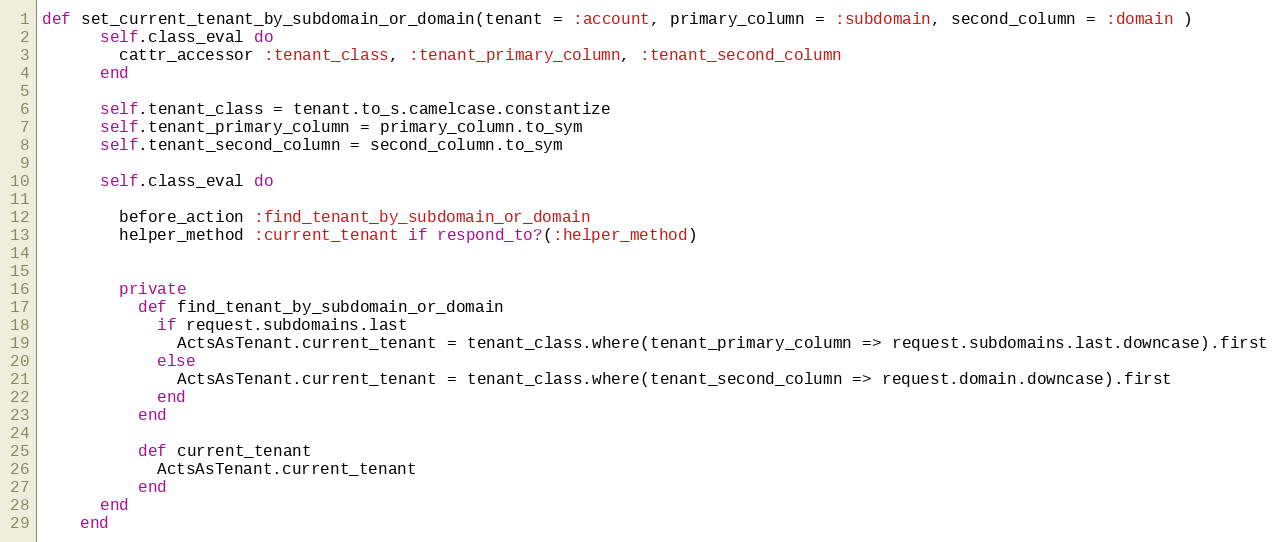
Language: Ruby
def set_current_tenant_by_subdomain_or_domain(tenant = :account, primary_column = :subdomain, second_column = :domain )
      self.class_eval do
        cattr_accessor :tenant_class, :tenant_primary_column, :tenant_second_column
      end

      self.tenant_class = tenant.to_s.camelcase.constantize
      self.tenant_primary_column = primary_column.to_sym
      self.tenant_second_column = second_column.to_sym

      self.class_eval do

        before_action :find_tenant_by_subdomain_or_domain
        helper_method :current_tenant if respond_to?(:helper_method)

        private
          def find_tenant_by_subdomain_or_domain
            if request.subdomains.last
              ActsAsTenant.current_tenant = tenant_class.where(tenant_primary_column => request.subdomains.last.downcase).first
            else
              ActsAsTenant.current_tenant = tenant_class.where(tenant_second_column => request.domain.downcase).first
            end
          end

          def current_tenant
            ActsAsTenant.current_tenant
          end
      end
    end